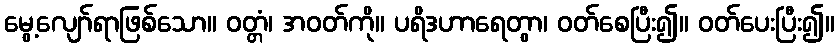
မွေ့လျော်ရာဖြစ်သော။ ဝတ္တံ၊ အဝတ်ကို။ ပရိဒဟာရေတွာ၊ ဝတ်စေပြီး၍။ ဝတ်ပေးပြီး၍။